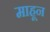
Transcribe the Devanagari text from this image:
माहून